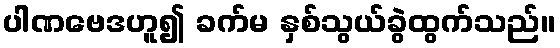
ပါဏဗေဒဟူ၍ ခက်မ နှစ်သွယ်ခွဲထွက်သည်။